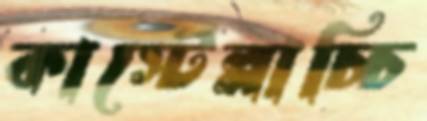
কাস্টেল্লাচ্চি